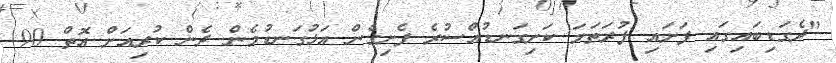
"ދެގަޑިބައިގައި ފަށައި ފުރަތަމަ ކަށިގަނޑުއްސުރެ ފެށިގެން އަޅުގަނޑުމެން ދެން ކުރިއަށް އޮތް 90